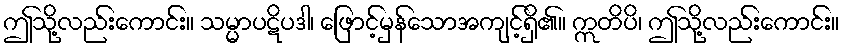
ဤသို့လည်းကောင်း။ သမ္မာပဋိပဒါ၊ ဖြောင့်မှန်သောအကျင့်ရှိ၏။ ဣတိပိ၊ ဤသို့လည်းကောင်း။